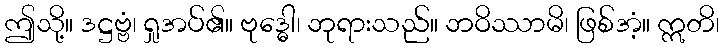
ဤသို့။ ဒဋ္ဌဗ္ဗံ၊ ရှုအပ်၏။ ဗုဒ္ဓေါ၊ ဘုရားသည်။ ဘဝိဿာမိ၊ ဖြစ်အံ့။ ဣတိ၊